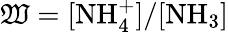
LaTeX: \mathfrak{W}=\mathrm{{[NH_{4}^{+}]/[NH_{3}]}}